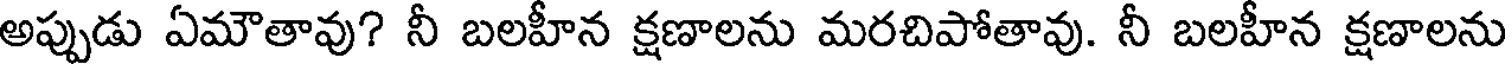
అప్పుడు ఏమౌతావు? నీ బలహీన క్షణాలను మరచిపోతావు. నీ బలహీన క్షణాలను